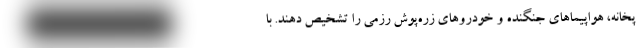
پخانه، هواپیماهای جنگنده و خودروهای زره‌پوش رزمی را تشخیص دهند. با